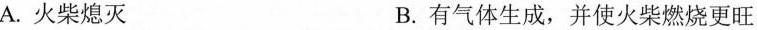
A.火柴熄灭 B.有气体生成，并使火柴燃烧更旺